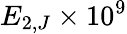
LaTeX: E_{2,J}\times 10^{9}